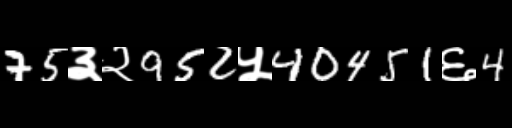
Text: 75३२952५40451६4